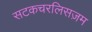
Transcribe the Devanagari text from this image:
सटकचरलिसज़म